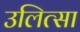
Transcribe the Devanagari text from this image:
उलित्सा